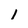
Character: 1